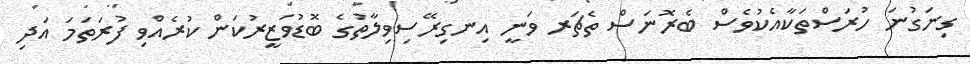
ގިނަގުނަ ހުރަސްތަކާއެކުވެސް ބެރޮނަސް ތެޗަރ ވަނީ އިނގިރޭސިވިލާތުގެ ބޮޑުވަޒީރުކަން ކުރެއްވި ފުރަތަމަ އަދި